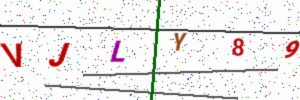
Text: VJLY89